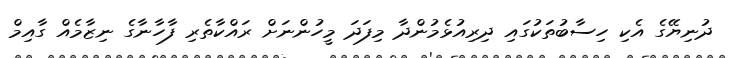
ދުނިޔޭގެ އެކި ހިސާބުތަކުގައި ދިރިއުޅެމުންދާ މިފަދަ މީހުންނަށް ރައްކާތެރި ފާހާނާގެ ނިޒާމެއް ގާއިމް